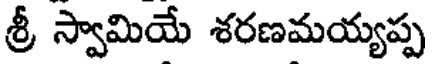
శ్రీ స్వామియే శరణమయ్యప్ప